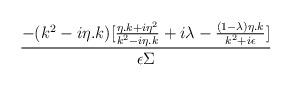
LaTeX: \begin{align*}\frac{-(k^{2}-i\eta .k)[\frac{\eta .k+i\eta ^{2}}{k^{2}-i\eta .k}+i\lambda -\frac{(1-\lambda )\eta .k}{k^{2}+i\epsilon }]}{\epsilon \Sigma }\end{align*}